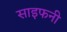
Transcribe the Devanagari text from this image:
साइफनी